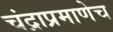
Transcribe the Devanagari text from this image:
चंद्राप्रमाणेच